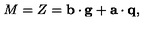
M = Z = { \bf b } \cdot { \bf g } + { \bf a } \cdot { \bf q } ,